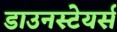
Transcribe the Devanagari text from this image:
डाउनस्टेयर्स